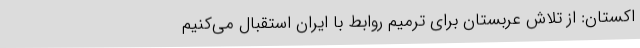
اکستان: از تلاش عربستان برای ترمیم روابط با ایران استقبال می‌کنیم